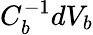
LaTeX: C_{b}^{-1}dV_{b}